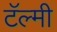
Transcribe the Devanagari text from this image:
टॅल्मी